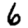
Digit: 6